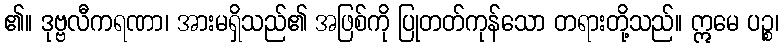
၏။ ဒုဗ္ဗလီကရဏာ၊ အားမရှိသည်၏ အဖြစ်ကို ပြုတတ်ကုန်သော တရားတို့သည်။ ဣမေ ပဉ္စ၊